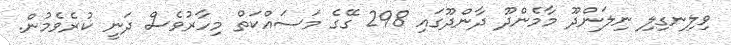
ވިލިނގިލި ނިލަންދޫ މާމެންދޫ ދާންދޫގައި 298 ގޭގެ މަސައްކަތް މިހާރުވެސް ދަނީ ކުރެވެމުން.